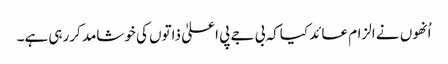
اُنھوں نے الزام عائد کیاکہ بی جے پی اعلیٰ ذاتوں کی خوشامد کررہی ہے۔